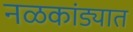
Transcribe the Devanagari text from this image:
नळकांड्यात